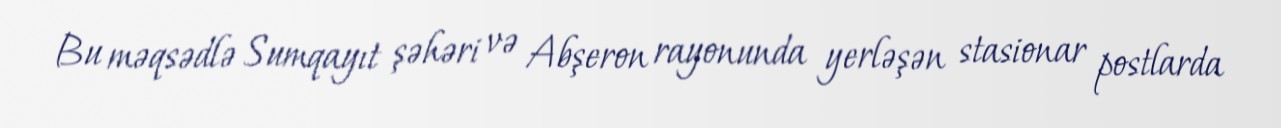
Bu məqsədlə Sumqayıt şəhəri və Abşeron rayonunda yerləşən stasionar postlarda